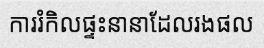
ការរំកិលផ្ទះនានាដែលរងផល